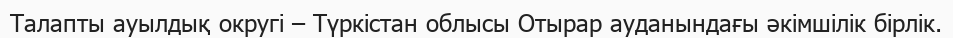
Талапты ауылдық округі – Түркістан облысы Отырар ауданындағы әкімшілік бірлік.